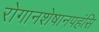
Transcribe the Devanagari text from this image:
रोगानशेषानपहंसि